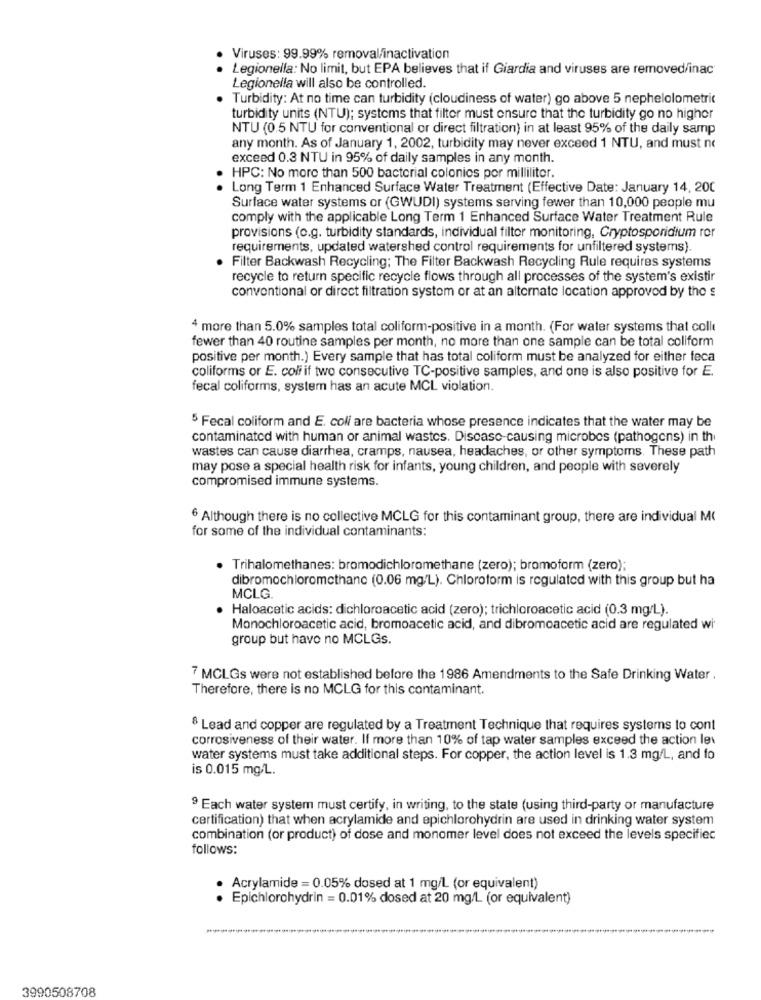
Viruses: 99.99% removal/inactivation
Legionella: No limit, but EPA believes that if Giardia and viruses are removed/inac
Legionella will also be controlled.
Turbidity: At no time can turbidity (cloudiness of water) go above 5 nephelolometric
turbidity units (NTU); systems that filter must ensure that the turbidity go no higher
NTU (0.5 NTU for conventional or direct filtration) in at least 95% of the daily samp
any month. As of January 1, 2002, turbidity may never exceed 1 NTU, and must no
exceed 0.3 NTU in 95% of daily samples in any month.
..
HPC: No more than 500 bacterial colonics por milliliter.
Long Term 1 Enhanced Surface Water Treatment (Effective Date: January 14, 200
Surface water systems or (GWUDI) systems serving fewer than 10,000 people mu
comply with the applicable Long Term 1 Enhanced Surface Water Treatment Rule
provisions (o.g. turbidity standards, individual filtor monitoring, Cryptosporidium ror
requirements, updated watershed control requirements for unfiltered systems).
Filter Backwash Recycling; The Filter Backwash Recycling Rule requires systems
recycle to return specific recycle flows through all processes of the system's existir
conventional or direct filtration system or at an alternate location approved by the s
4 more than 5.0% samples total coliform-positive in a month. (For water systems that colle
fewer than 40 routine samples per month, no more than one sample can be total coliform
positive per month.) Every sample that has total coliform must be analyzed for either feca
coliforms or E. coli if two consecutive TC-positive samples, and one is also positive for E.
fecal coliforms, system has an acute MCL violation.
5 Fecal coliform and E. coli are bacteria whose presence indicates that the water may be
contaminated with human or animal wastes. Discaso-causing microbes (pathogens) in th
wastes can cause diarrhea, cramps, nausea, headaches, or other symptoms. These path
may pose a special health risk for infants, young children, and people with severely
compromised immune systems.
6 Although there is no collective MCLG for this contaminant group, there are individual M(
for some of the individual contaminants:
· Trihalomethanes: bromodichloromethane (zero); bromoform (zero);
dibromochloromethane (0.06 mg/L). Chloroform is regulated with this group but ha
MCLG.
Haloacetic acids: dichloroacetic acid (zero); trichloroacetic acid (0.3 mg/L).
Monochloroacetic acid, bromoacetic acid, and dibromoacetic acid are regulated wi
group but have no MCLGs.
7 MCLGs were not established before the 1986 Amendments to the Safe Drinking Water .
Therefore, there is no MCLG for this contaminant.
& Lead and copper are regulated by a Treatment Technique that requires systems to cont
corrosiveness of their water. If more than 10% of tap water samples exceed the action le
water systems must take additional steps. For copper, the action level is 1.3 mg/L, and fo
is 0.015 mg.L.
9 Each water system must certify, in writing, to the state (using third-party or manufacture
certification) that when acrylamide and epichlorohydrin are used in drinking water system
combination (or product) of dose and monomer level does not exceed the levels specifiec
follows:
· Acrylamide = 0.05% dosed at 1 mg/L (or equivalent)
Epichlorohydrin = 0.01% dosed at 20 mg/L (or equivalent)
3990508708